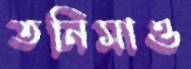
তনিমাও